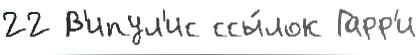
22 В'ипул'ис ссы́лок Гарр'и